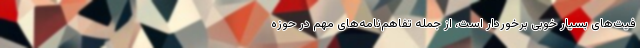
فیت‌های بسیار خوبی برخوردار است، از جمله تفاهم‌نامه‌های مهم در حوزه